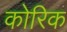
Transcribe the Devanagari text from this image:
कोरिक